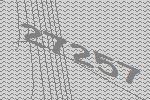
27257